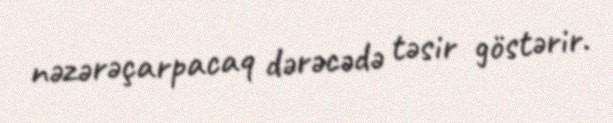
nəzərəçarpacaq dərəcədə təsir göstərir.